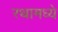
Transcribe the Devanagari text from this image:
रथामध्ये